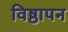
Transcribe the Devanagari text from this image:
विष्ठापन